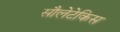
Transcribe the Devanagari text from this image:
सौलेटेकिस